Vaccine operations Central Provinces & Berar 1922-1929 - 1922-1929
Year: 1922
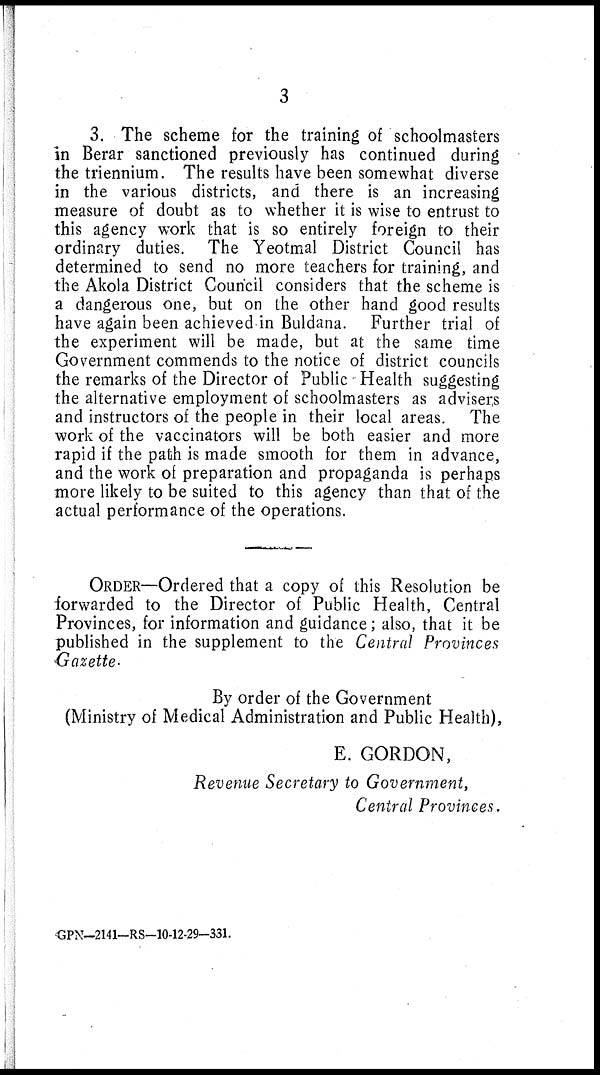
3
3. The scheme for the training of schoolmasters
in Berar sanctioned previously has continued during
the triennium. The results have been somewhat diverse
in the various districts, and there is an increasing
measure of doubt as to whether it is wise to entrust to
this agency work that is so entirely foreign to their
ordinary duties. The Yeotmal District Council has
determined to send no more teachers for training, and
the Akola District Council considers that the scheme is
a dangerous one, but on the other hand good results
have again been achieved in Buldana. Further trial of
the experiment will be made, but at the same time
Government commends to the notice of district councils
the remarks of the Director of Public Health suggesting
the alternative employment of schoolmasters as advisers
and instructors of the people in their local areas. The
work of the vaccinators will be both easier and more
rapid if the path is made smooth for them in advance,
and the work of preparation and propaganda is perhaps
more likely to be suited to this agency than that of the
actual performance of the operations.
ORDER—Ordered that a copy of this Resolution be
forwarded to the Director of Public Health, Central
Provinces, for information and guidance; also, that it be
published in the supplement to the Central Provinces
Gazette.
By order of the Government
(Ministry of Medical Administration and Public Health),
E. GORDON,
Revenue Secretary to Government,
Central Provinces.
GPN-2141-RS-10-12-29-331.